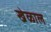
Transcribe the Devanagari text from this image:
खेळाल